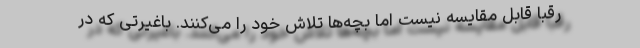
رقبا قابل مقایسه نیست اما بچه‌ها تلاش خود را می‌کنند. باغیرتی که در